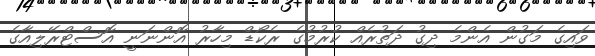
ވައިގެ މަގުން އެންމެ ދިގު ދަތުރެއް ކުރުމުގެ ރެކޯޑް މިހާރު އޮންނަނީ އޮސްޓްރޭލިއާގެ